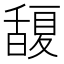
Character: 𭐮